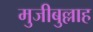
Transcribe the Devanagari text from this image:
मुजीबुल्लाह